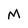
Character: M